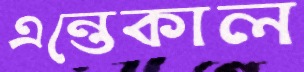
এন্তেকাল